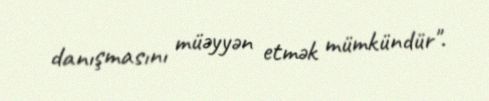
danışmasını müəyyən etmək mümkündür".